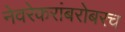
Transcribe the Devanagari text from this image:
नेवरेकरांबरोबरच